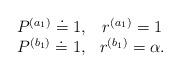
LaTeX: \begin{align*}\begin{array}{cc}P^{(a_1)} \doteq 1, & r^{(a_1)} = 1 \\P^{(b_1)} \doteq 1, & r^{(b_1)} = \alpha.\end{array}\end{align*}